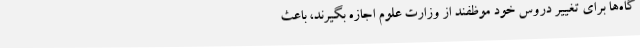
گاه‌ها برای تغییر دروس خود موظفند از وزارت علوم اجازه بگیرند، باعث